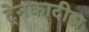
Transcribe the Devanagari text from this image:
ट्रेनकादीस